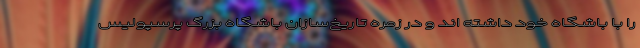
را با باشگاه خود داشته اند و در زمره تاریخ‌سازان باشگاه بزرگ پرسپولیس